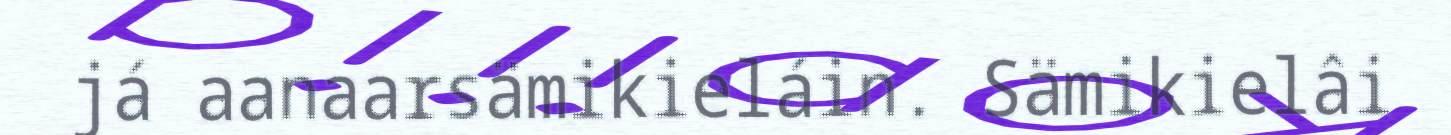
já aanaarsämikieláin. Sämikielâi